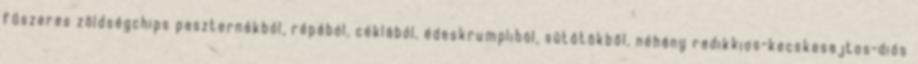
fűszeres zöldségchips paszternákból, répából, céklából, édeskrumpliból, sütőtökből, néhány radikkios-kecskesajtos-diós